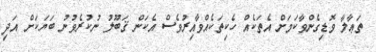
ތަޢާލާ ވޮޑިގެންވާކަމަށް އެތަކެއް ހެކިތަކެއްވާއިރުވެސް އެކަން ޤަބޫލު ނުކުރެވުނު ބަޔަކަށް އަދި